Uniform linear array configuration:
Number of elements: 12
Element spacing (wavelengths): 0.25
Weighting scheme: cosine
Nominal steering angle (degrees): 30
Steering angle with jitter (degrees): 30.342
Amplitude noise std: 0.05
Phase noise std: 0.05

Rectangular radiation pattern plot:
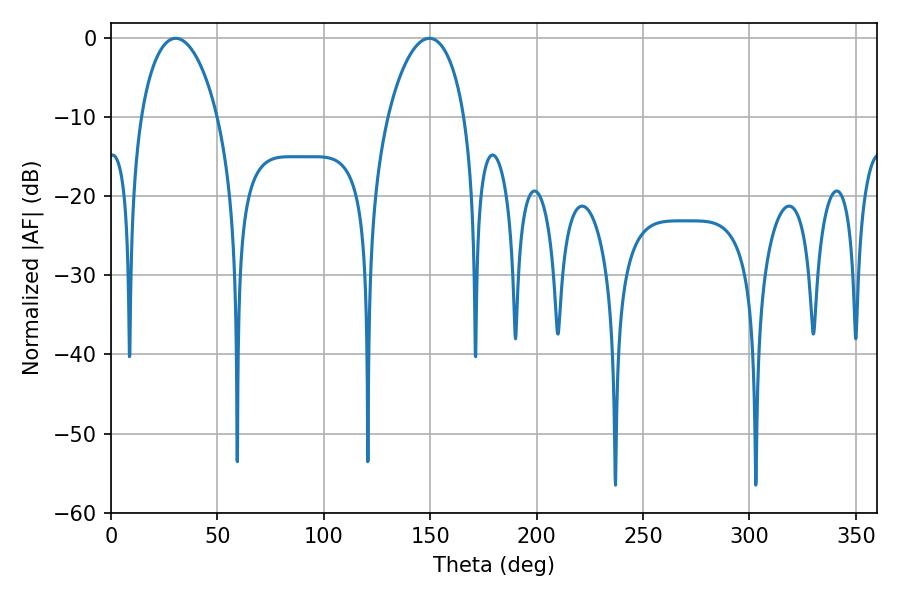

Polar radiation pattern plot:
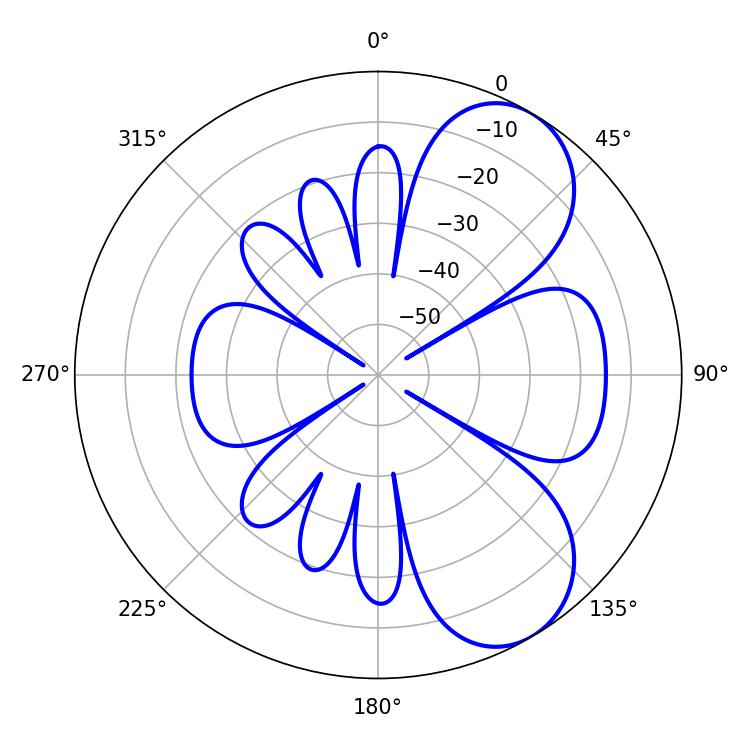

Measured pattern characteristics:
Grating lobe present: FALSE
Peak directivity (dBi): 6.966
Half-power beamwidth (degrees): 20.52
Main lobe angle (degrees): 30.42